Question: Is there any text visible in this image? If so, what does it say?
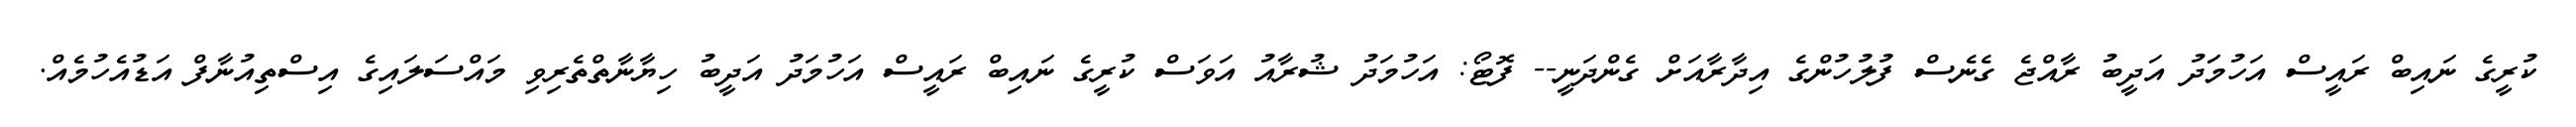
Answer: ކުރީގެ ނައިބް ރައީސް އަހުމަަދު އަދީބު ރާއްޖެ ގެނެސް ފުލުހުންގެ އިދާރާއަށް ގެންދަނީ-- ފޮޓޯ: އަހުމަދު ޝުރާއު އަވަސް ކުރީގެ ނައިބް ރައީސް އަހުމަދު އަދީބު ހިޔާނާތްތެރިވި މައްސަލައިގެ އިސްތިއުނާފް އަޑުއެހުމެއް.